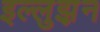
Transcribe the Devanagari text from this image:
इल्लुझ़न